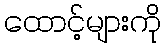
ထောင့်များကို